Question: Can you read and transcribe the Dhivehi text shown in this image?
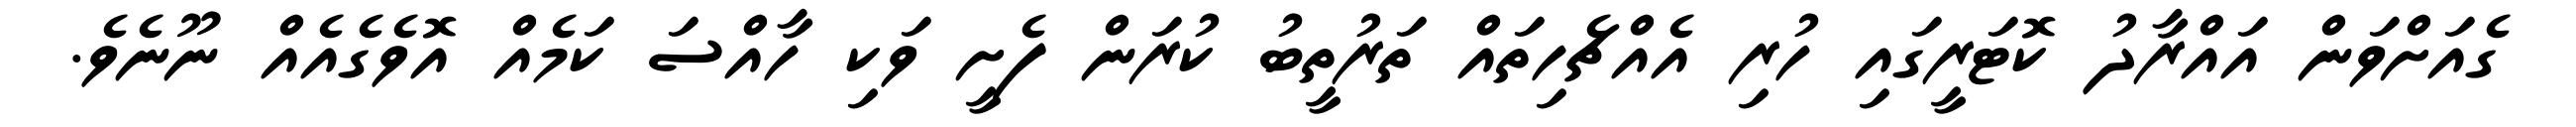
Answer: ގެއަށްވަން އައްރާދު ކޮޓަރީގައި ހުރި އެއްޗެހިތައް ތަރުތީބު ކުރަން ފެށީ ވަކި ހާއްސަ ކަމެއް އޮވެގެއެއް ނޫނެވެ.